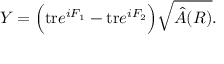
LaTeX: Y = \Big ( \mathrm { t r } e ^ { i F _ { 1 } } - \mathrm { t r } e ^ { i F _ { 2 } } \Big ) \sqrt { \hat { A } ( R ) } .